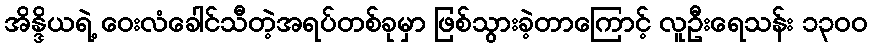
အိန္ဒိယရဲ့ ဝေးလံခေါင်သီတဲ့အရပ်တစ်ခုမှာ ဖြစ်သွားခဲ့တာကြောင့် လူဦးရေသန်း ၁၃၀၀